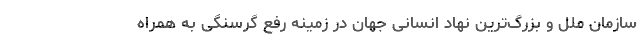
سازمان ملل و بزرگ‌ترین نهاد انسانی جهان در زمینه رفع گرسنگی به همراه